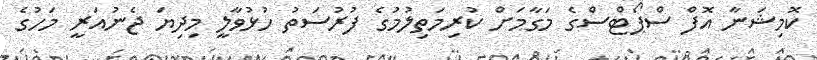
ކޮމިޝަނާ އޮފް ސްޕޯޓްސްގެ މަގާމަށް ކުރިމަތިލުމުގެ ފުރުސަތު ހުޅުވާލީ މިދިޔަ ޖެނުއަރީ މަހުގެ